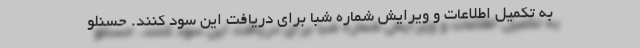
به تکمیل اطلاعات و ویرایش شماره شبا برای دریافت این سود کنند. حسنلو